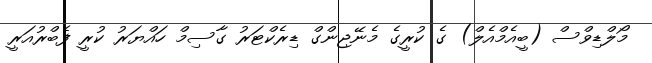
މޯލްޑިވްސް (ބީއެމްއެލް) ގެ ކުރީގެ މެނޭޖިންގް ޑިރެކްޓަރު ގާސިމް ހައްޔަރު ކުރީ ފެބްރުއަރީ